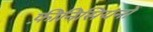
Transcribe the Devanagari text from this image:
फ़ीनिसियनों